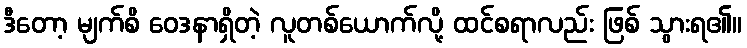
ဒီတော့ မျက်စိ ဝေဒနာရှိတဲ့ လူတစ်ယောက်လို့ ထင်စရာလည်း ဖြစ် သွားရ၏။